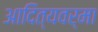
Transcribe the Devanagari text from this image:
आदित्यवर्मा